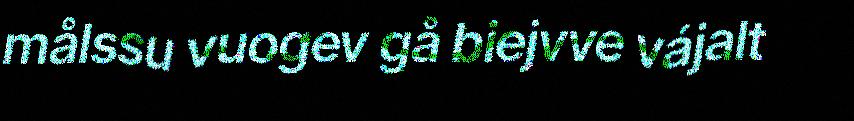
målssu vuogev gå biejvve vájalt